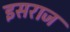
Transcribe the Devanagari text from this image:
इसराज